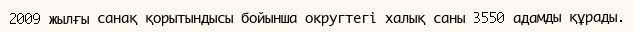
2009 жылғы санақ қорытындысы бойынша округтегі халық саны 3550 адамды құрады.